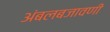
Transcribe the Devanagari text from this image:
अंबलबजावणी